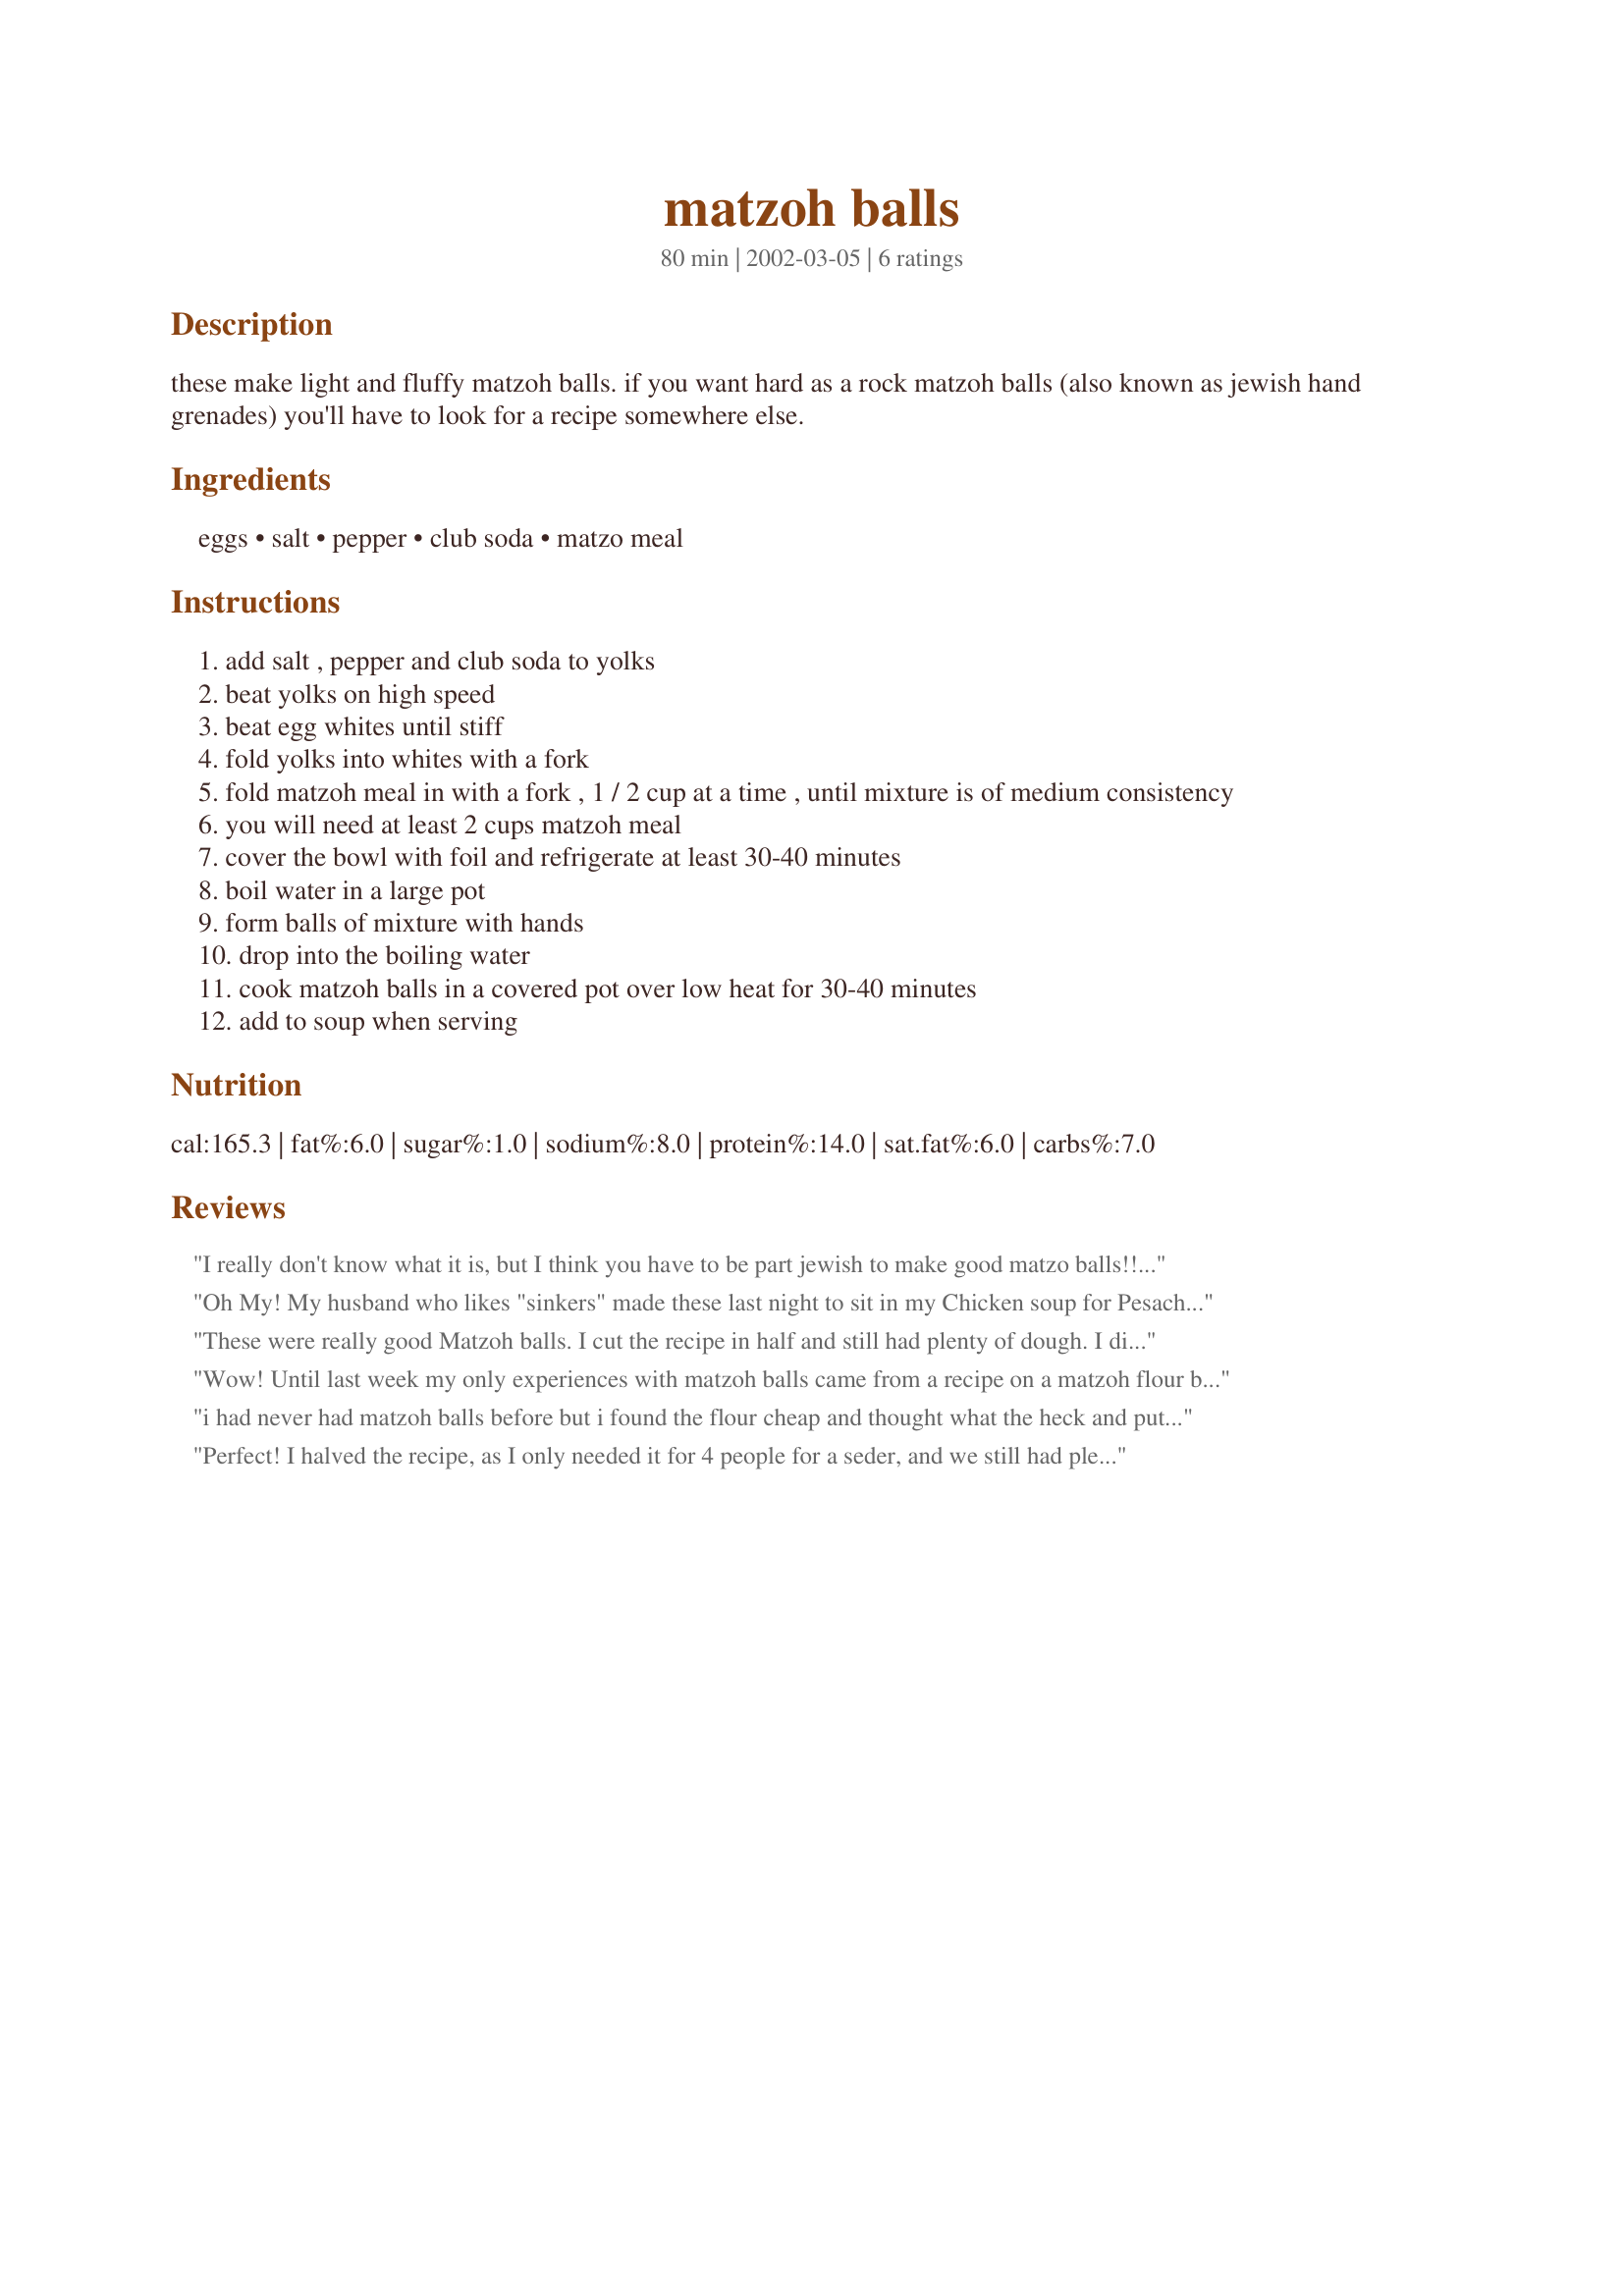
matzoh balls
Preparation time: 80 minutes

these make light and fluffy matzoh balls. if you want hard as a rock matzoh balls (also known as jewish hand grenades) you'll have to look for a recipe somewhere else.

Ingredients:
eggs, salt, pepper, club soda, matzo meal

Steps:
add salt , pepper and club soda to yolks
beat yolks on high speed
beat egg whites until stiff
fold yolks into whites with a fork
fold matzoh meal in with a fork , 1 / 2 cup at a time , until mixture is of medium consistency
you will need at least 2 cups matzoh meal
cover the bowl with foil and refrigerate at least 30-40 minutes
boil water in a large pot
form balls of mixture with hands
drop into the boiling water
cook matzoh balls in a covered pot over low heat for 30-40 minutes
add to soup when serving

Reviews:
I really don't know what it is, but I think you have to be part jewish to make good matzo balls!! I made these (granted the first time I ever tried) and they sank :( My BF thou he knows how to handle a good matzo ball. LOL thanks for posting, I will try my hand at this again, if the BF ever refuses to make me good Matzo balls.
Oh My! My husband who likes "sinkers" made these last night to sit in my Chicken soup for Pesach and he said he'll never make "sinkers" again! Hallelujah! Thanks for a great recipe. Happy Pesach!
These were really good Matzoh balls. I cut the recipe in half and still had plenty of dough. I didn't have soda water so I used 7-up. I will be making these again. Next time I will do as Mirj suggested (later on)and use water with a small amount of baking soda. I put the matzoh balls is some chicken soup I had made in my crockpot.
Wow! Until last week my only experiences with matzoh balls came from a recipe on a matzoh flour box. Last week, DH was a bit under the weather and was craving Jewish deli style chicken soup with big chunks of carrots and matzoh balls. I found your recipe, made about half the recipe in 1 1/2 to 2 inch balls that were done in about 20 minutes. They were pillows instead of grenades! You need to re-name this recipe to "Mirjam's Marvelous, Matchless Matzoh Balls".
i had never had matzoh balls before but i found the flour cheap and thought what the heck and put some in my chicken soup these are great it is something different from noodles and filling kids would like these i think
Perfect! I halved the recipe, as I only needed it for 4 people for a seder, and we still had plenty left over! Lite and fluffy- just as advertised. And easy to make! I gave people two options for the soup: a light chicken broth from manischevitz, or Curried Pumpkin Soup (35411)- which was SO good with these matzoh balls!
